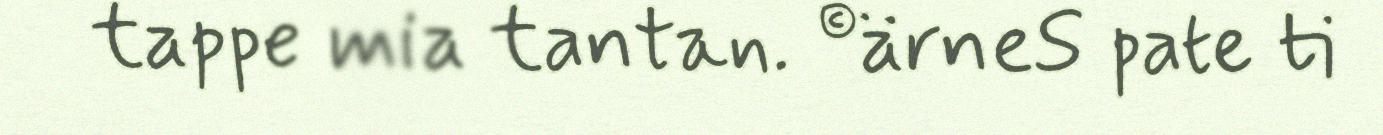
tappe mia tantan. ©ärneS pate ti